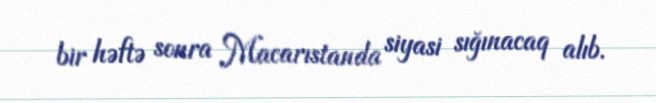
bir həftə sonra Macarıstanda siyasi sığınacaq alıb.